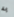
به